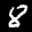
Label: 8